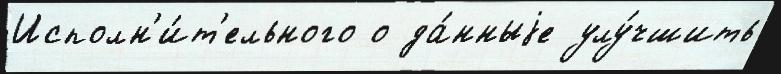
Исполн'и́т'ельного о да́нныjе улу́чшить